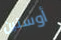
أوستين